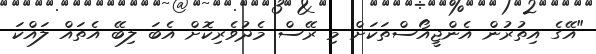
"އޭގެ އިތުރުން އެންޖީއޯސްތަކަށް މި ރޭސް މެދުވެރިކޮށް އެބަ ލިބޭ އެތައް ލައްކަ